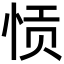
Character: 𫺌